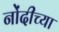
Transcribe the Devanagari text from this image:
नोंदीच्या